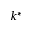
k ^ { * }